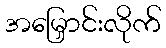
အမြှောင်းလိုက်